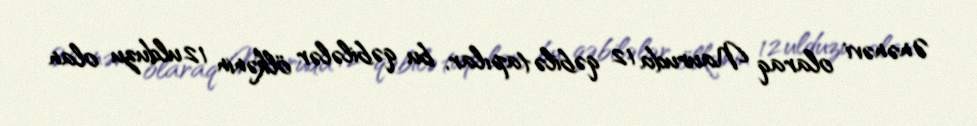
Ənənəvi olaraq Nauruda 12 qəbilə tapılar, bu qəbilələr ölkənin 12 ulduzu olan